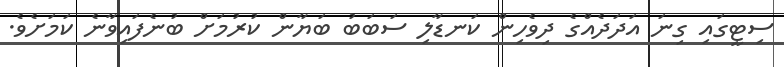
ސިޓީގައި ގިނަ އަދަދެއްގެ ދިވެހިން ކަނޑާލި ސަބަބު ބަޔާން ކުރުމަށް ބުނެފައިވާނެ ކަމަށެވެ.